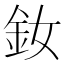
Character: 釹